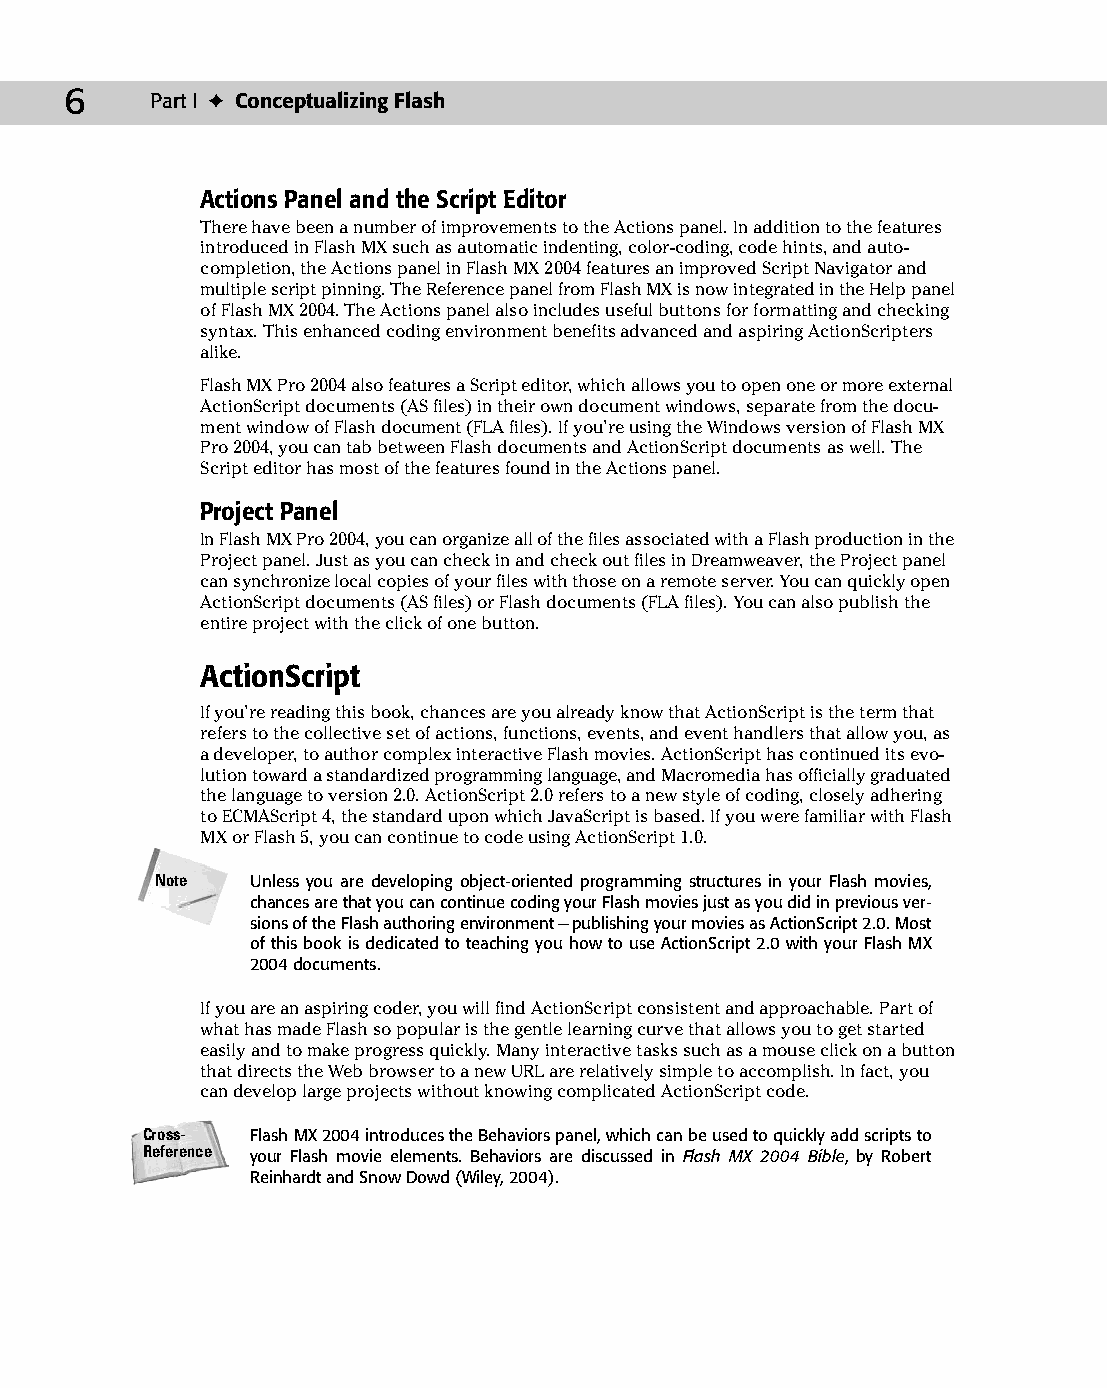
03 543547 ch01.qxd 3/24/04 3:50 PM Page 6
 6     Part I ✦ Conceptualizing Flash
 Actions Panel and the Script Editor
 There have been a number of improvements to the Actions panel. In addition to the features
 introduced in Flash MX such as automatic indenting, color-coding, code hints, and auto-
 completion, the Actions panel in Flash MX 2004 features an improved Script Navigator and
 multiple script pinning. The Reference panel from Flash MX is now integrated in the Help panel
 of Flash MX 2004. The Actions panel also includes useful buttons for formatting and checking
 syntax. This enhanced coding environment benefits advanced and aspiring ActionScripters
 alike.
 Flash MX Pro 2004 also features a Script editor, which allows you to open one or more external
 ActionScript documents (AS files) in their own document windows, separate from the docu­
 ment window of Flash document (FLA files). If you’re using the Windows version of Flash MX
 Pro 2004, you can tab between Flash documents and ActionScript documents as well. The
 Script editor has most of the features found in the Actions panel.
 Project Panel
 In Flash MX Pro 2004, you can organize all of the files associated with a Flash production in the
 Project panel. Just as you can check in and check out files in Dreamweaver, the Project panel
 can synchronize local copies of your files with those on a remote server. You can quickly open
 ActionScript documents (AS files) or Flash documents (FLA files). You can also publish the
 entire project with the click of one button.
 ActionScript
 If you’re reading this book, chances are you already know that ActionScript is the term that
 refers to the collective set of actions, functions, events, and event handlers that allow you, as
 a developer, to author complex interactive Flash movies. ActionScript has continued its evo­
 lution toward a standardized programming language, and Macromedia has officially graduated
 the language to version 2.0. ActionScript 2.0 refers to a new style of coding, closely adhering
 to ECMAScript 4, the standard upon which JavaScript is based. If you were familiar with Flash
 MX or Flash 5, you can continue to code using ActionScript 1.0.
 Note   Unless you are developing object-oriented programming structures in your Flash movies,
 chances are that you can continue coding your Flash movies just as you did in previous ver­
 sions of the Flash authoring environment — publishing your movies as ActionScript 2.0. Most
 of this book is dedicated to teaching you how to use ActionScript 2.0 with your Flash MX
 2004 documents.
 If you are an aspiring coder, you will find ActionScript consistent and approachable. Part of
 what has made Flash so popular is the gentle learning curve that allows you to get started
 easily and to make progress quickly. Many interactive tasks such as a mouse click on a button
 that directs the Web browser to a new URL are relatively simple to accomplish. In fact, you
 can develop large projects without knowing complicated ActionScript code.
 Cross-  Flash MX 2004 introduces the Behaviors panel, which can be used to quickly add scripts to
 Reference your Flash movie elements. Behaviors are discussed in Flash MX 2004 Bible, by Robert
 Reinhardt and Snow Dowd (Wiley, 2004).